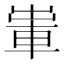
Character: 𨋡